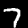
Label: 7